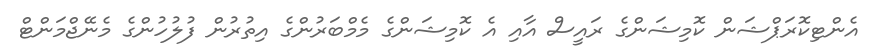
އެންޓިކޮރަޕްޝަން ކޮމިޝަންގެ ރައީސް އާއި އެ ކޮމިޝަންގެ މެމްބަރުންގެ އިތުރުން ފުލުހުންގެ މެނޭޖްމަންޓް